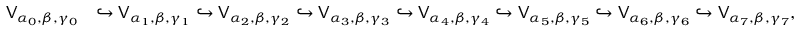
\begin{array} { r l } { { \mathsf V } _ { \alpha _ { 0 } , \beta , \gamma _ { 0 } } } & { \hookrightarrow { \mathsf V } _ { \alpha _ { 1 } , \beta , \gamma _ { 1 } } \hookrightarrow { \mathsf V } _ { \alpha _ { 2 } , \beta , \gamma _ { 2 } } \hookrightarrow { \mathsf V } _ { \alpha _ { 3 } , \beta , \gamma _ { 3 } } \hookrightarrow { \mathsf V } _ { \alpha _ { 4 } , \beta , \gamma _ { 4 } } \hookrightarrow { \mathsf V } _ { \alpha _ { 5 } , \beta , \gamma _ { 5 } } \hookrightarrow { \mathsf V } _ { \alpha _ { 6 } , \beta , \gamma _ { 6 } } \hookrightarrow { \mathsf V } _ { \alpha _ { 7 } , \beta , \gamma _ { 7 } } , } \end{array}